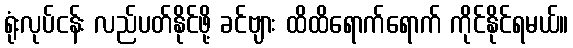
ရုံးလုပ်ငန်း လည်ပတ်နိုင်ဖို့ ခင်ဗျား ထိထိရောက်ရောက် ကိုင်နိုင်ရမယ်။